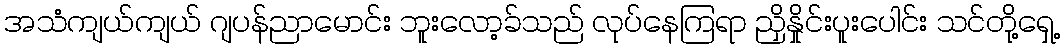
အသံကျယ်ကျယ် ဂျပန်ညာမောင်း ဘူးလော့ခ်သည် လုပ်နေကြရာ ညှိနှိုင်းပူးပေါင်း သင်တို့ရှေ့